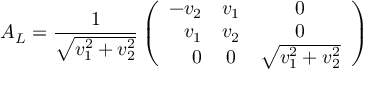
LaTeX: A _ { L } = \frac { 1 } { \sqrt { v _ { 1 } ^ { 2 } + v _ { 2 } ^ { 2 } } } \left( \begin{array} { r c c } { { - v _ { 2 } } } & { { v _ { 1 } } } & { { 0 } } \\ { { v _ { 1 } } } & { { v _ { 2 } } } & { { 0 } } \\ { { 0 } } & { { 0 } } & { { \sqrt { v _ { 1 } ^ { 2 } + v _ { 2 } ^ { 2 } } } } \end{array} \right)